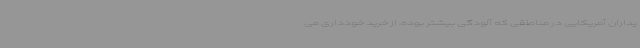
یداران آمریکایی در مناطقی که آلودگی بیشتر بوده، از خرید خودداری می